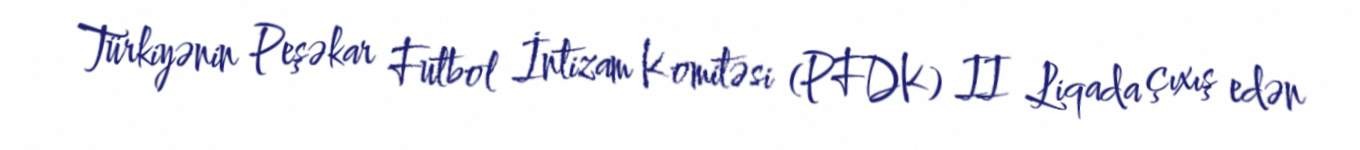
Türkiyənin Peşəkar Futbol İntizam Komitəsi (PFDK) II Liqada çıxış edən